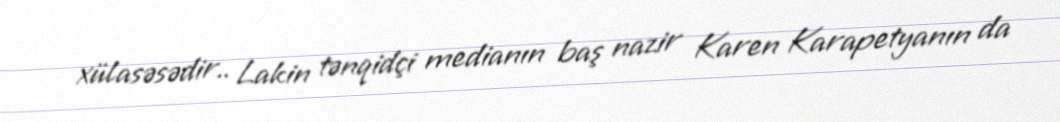
xülasəsədir.. Lakin tənqidçi medianın baş nazir Karen Karapetyanın da